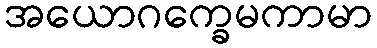
အယောဂက္ခေမကာမာ